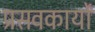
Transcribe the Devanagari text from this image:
प्रसवकार्यों